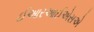
ઈઆરઆઈએસએ